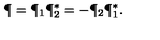
\P = \P _ { 1 } \P _ { 2 } ^ { * } = - \P _ { 2 } \P _ { 1 } ^ { * } .